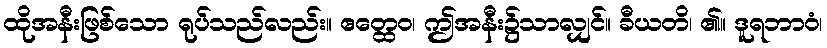
ထိုအနီးဖြစ်သော ရုပ်သည်လည်း။ ဧတ္ထေဝ၊ ဤအနီး၌သာလျှင်။ ခီယတိ၊ ၏။ ဒူရဘာဝံ၊